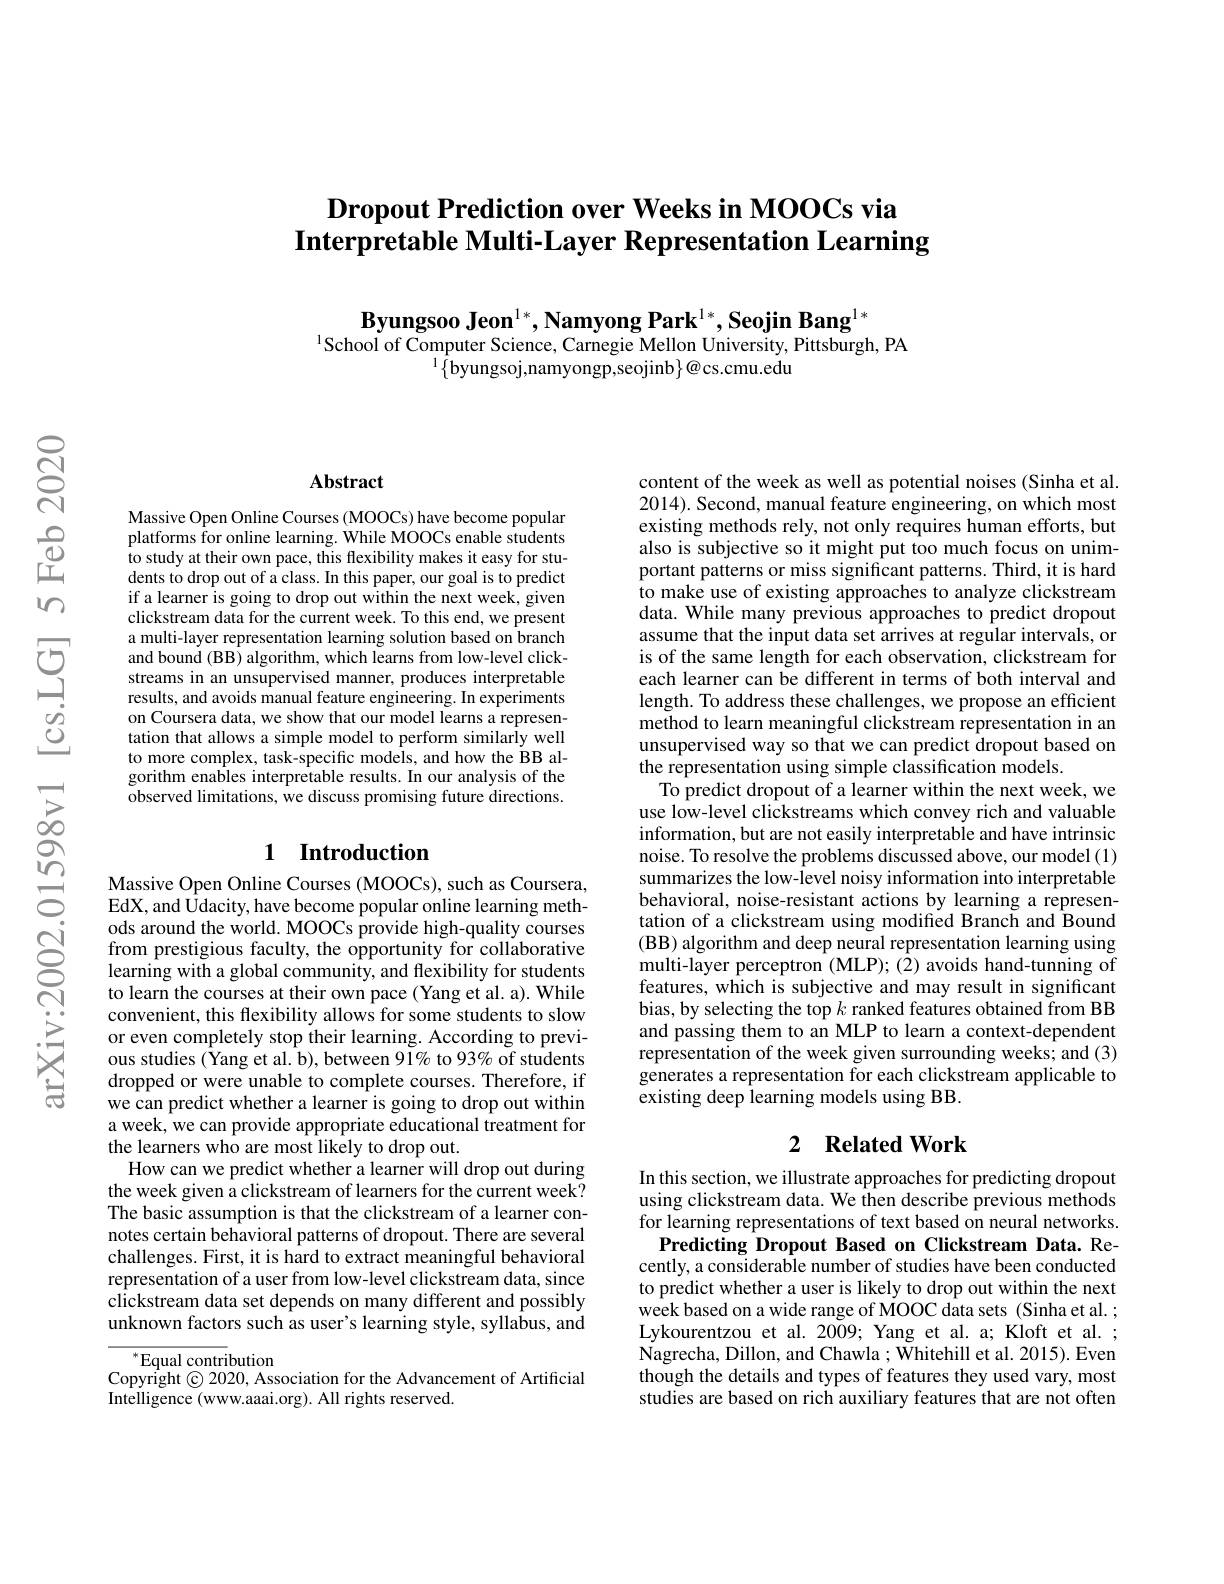
# $\textbf{Dropout Prediction over Weeks in MOOCs via}$ Interpretable Multi-Layer Representation Learning

$\textbf{Byungsoo Jeon}^{1*},\textbf{Namyong Park}^{1*},\textbf{Seojin Bang}^{1*}$
$^{1}$School of Computer Science, Carnegie Mellon University, Pittsburgh, PA
$^{1}\{$byungsoj,namyongp,seojinb$\}@$cs.cmu.edu

### Abstract

Massive Open Online Courses (MOOCs) have become popular platforms for online learning. While MOOCs enable students to study at their own pace, this flexibility makes it easy for students to drop out of a class. In this paper, our goal is to predict if a learner is going to drop out within the next week, given clickstream data for the current week. To this end, we present a multi-layer representation learning solution based on branch and bound (BB) algorithm, which learns from low-level clickstreams in an unsupervised manner, produces interpretable results, and avoids manual feature engineering. In experiments on Coursera data, we show that our model learns a representation that allows a simple model to perform similarly well to more complex, task-specific models, and how the BB algorithm enables interpretable results. In our analysis of the $\bar{\text{observed limitations, we discuss promising future directions.}}$

# 1 Introduction $\begin{array}{cc}\textcircled{n}&\text{Massive Open Online Courses (MOOCs), such as Coursera,}\\\textcircled{0}&\text{EdX, and Udacity, have become popular online learning meth-}\end{array}$

ods around the world. MOOCs provide high-quality courses from prestigious faculty, the opportunity for collaborative learning with a global community, and flexibility for students to learn the courses at their own pace (Yang et al. a). While convenient, this flexibility allows for some students to slow or even completely stop their learning. According to previous studies (Yang et al. b), between 91% to 93% of students dropped or were unable to complete courses. Therefore, if we can predict whether a learner is going to drop out within a week, we can provide appropriate educational treatment for the learners who are most likely to drop out.
How can we predict whether a learner will drop out during the week given a clickstream of learners for the current week? The basic assumption is that the clickstream of a learner connotes certain behavioral patterns of dropout. There are several challenges. First, it is hard to extract meaningful behavioral representation of a user from low-level clickstream data, since clickstream data set depends on many different and possibly unknown factors such as user's learning style, syllabus, and

$^*$Equal contribution
Copyright © 2020, Association for the Advancement of Artificial
Intelligence (www.aaai.org). All rights reserved.

content of the week as well as potential noises (Sinha et al. 2014). Second, manual feature engineering, on which most existing methods rely, not only requires human efforts, but also is subjective so it might put too much focus on unimportant patterns or miss significant patterns. Third, it is hard to make use of existing approaches to analyze clickstream data. While many previous approaches to predict dropout assume that the input data set arrives at regular intervals, or is of the same length for each observation, clickstream for each learner can be different in terms of both interval and length. To address these challenges, we propose an efficient method to learn meaningful clickstream representation in an unsupervised way so that we can predict dropout based on the representation using simple classification models.
To predict dropout of a learner within the next week, we use low-level clickstreams which convey rich and valuable information, but are not easily interpretable and have intrinsic noise. To resolve the problems discussed above, our model (1) summarizes the low-level noisy information into interpretable behavioral, noise-resistant actions by learning a representation of a clickstream using modified Branch and Bound (BB) algorithm and deep neural representation learning using multi-layer perceptron (MLP); (2) avoids hand-tunning of features, which is subjective and may result in significant bias, by selecting the top $k$ ranked features obtained from BB and passing them to an MLP to learn a context-dependent representation of the week given surrounding weeks; and (3) generates a representation for each clickstream applicable to existing deep learning models using BB.

## 2 $\textbf{Related Work}$

In this section, we illustrate approaches for predicting dropout using clickstream data. We then describe previous methods for learning representations of text based on neural networks.
Predicting Dropout Based on Clickstream Data. Recently, a considerable number of studies have been conducted to predict whether a user is likely to drop out within the next week based on a wide range of MOOC data sets (Sinha et al. ; Lykourentzou et al. 2009; Yang et al. a; Kloft et al. ; Nagrecha, Dillon, and Chawla ; Whitehill et al. 2015). Even though the details and types of features they used vary, most studies are based on rich auxiliary features that are not often